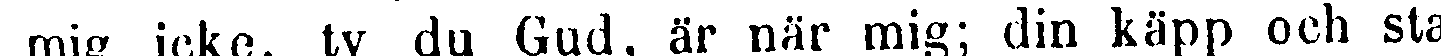
mig icke, ty du Gud, är när mig; din käpp och sta